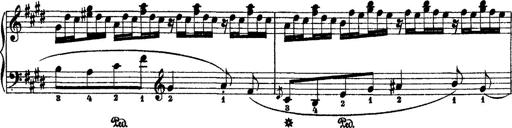
Title: 2 KonzertetÃ¼den
Composer: Franz Liszt